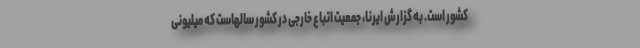
کشور است. به گزارش ایرنا، جمعیت اتباع خارجی در کشور سالهاست که میلیونی